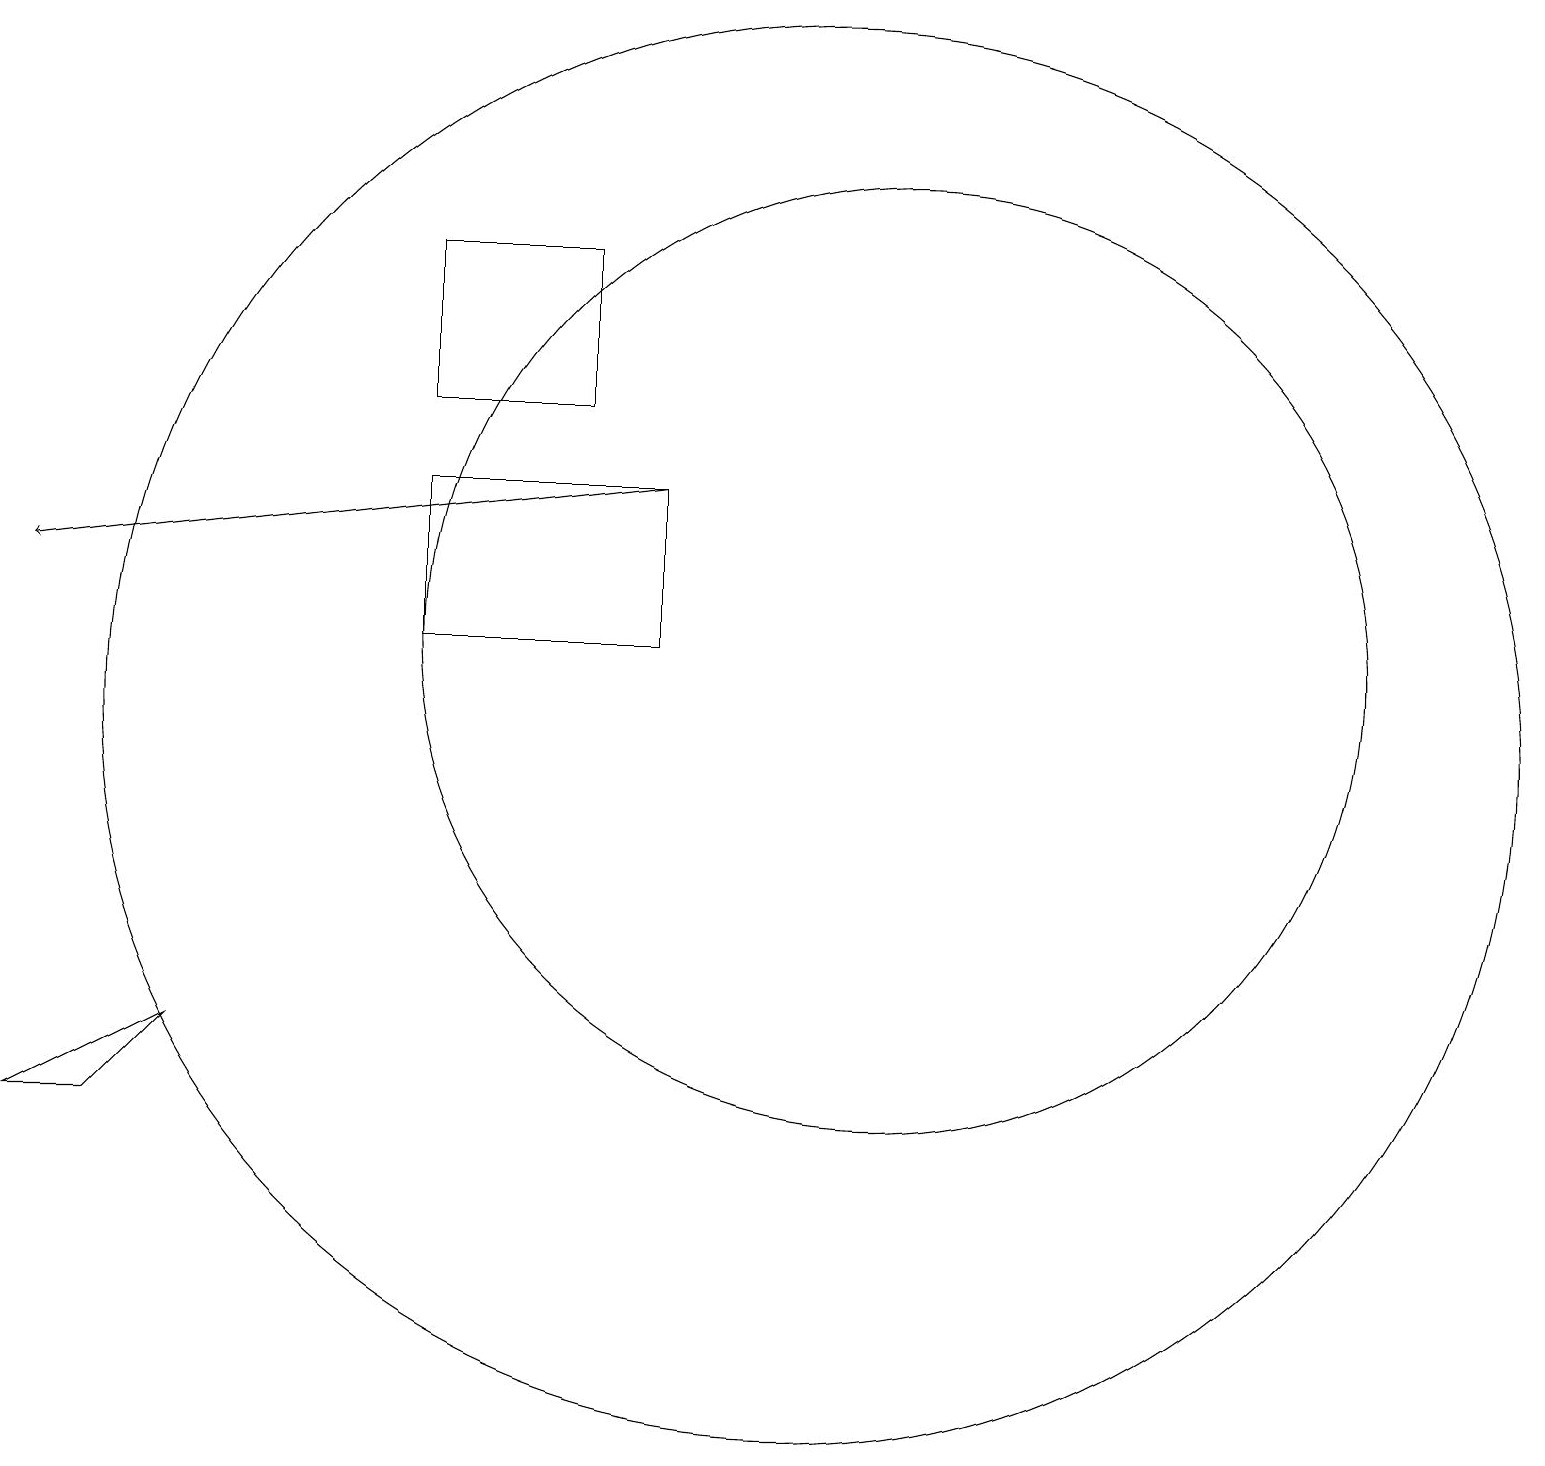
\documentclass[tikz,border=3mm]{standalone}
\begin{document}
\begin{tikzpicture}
\draw (5,14) rectangle (7,16);
\draw (2,6) -- (1,5) -- (0,5) -- cycle;
\draw (10,10) circle (9);
\draw (5,11) rectangle (8,13);
\draw[->] (8,13) -- (0,12);
\draw (11,11) circle (6);
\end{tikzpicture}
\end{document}